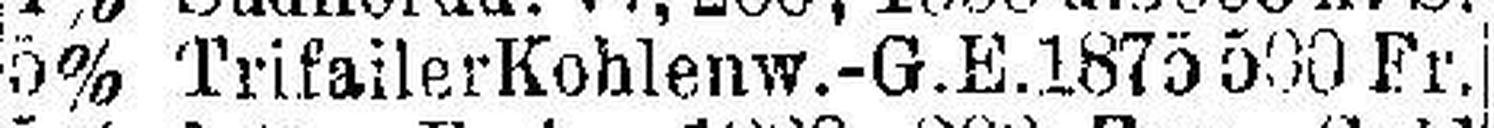
5% Trifailer Kohlenw.-G.E. 1875 500 Fr.